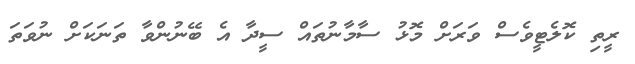
ރީތި ކޮލެޓީވެސް ވަރަށް މޮޅު ސާމާނުތައް ސީދާ އެ ބޭނުންވާ ތަނަކަށް ނުވަތަ